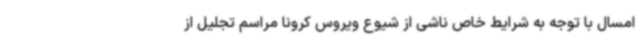
امسال با توجه به شرایط خاص ناشی از شیوع ویروس کرونا مراسم تجلیل از